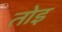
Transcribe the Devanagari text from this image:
तोइ